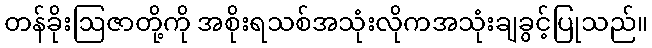
တန်ခိုးဩဇာတို့ကို အစိုးရသစ်အသုံးလိုကအသုံးချခွင့်ပြုသည်။